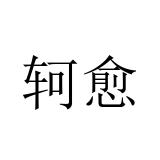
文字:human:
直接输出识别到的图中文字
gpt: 轲愈